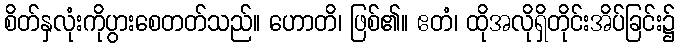
စိတ်နှလုံးကိုပွားစေတတ်သည်။ ဟောတိ၊ ဖြစ်၏။ ဧတံ၊ ထိုအလိုရှိတိုင်းအိပ်ခြင်း၌